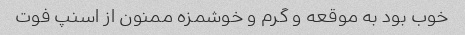
خوب بود به موقعه و گرم و خوشمزه ممنون از اسنپ فوت